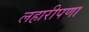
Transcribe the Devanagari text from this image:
लहारीपणा